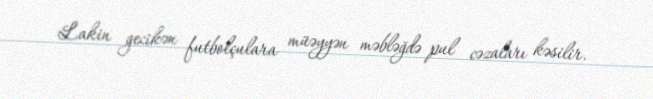
Lakin gecikən futbolçulara müəyyən məbləğdə pul cəzaları kəsilir.